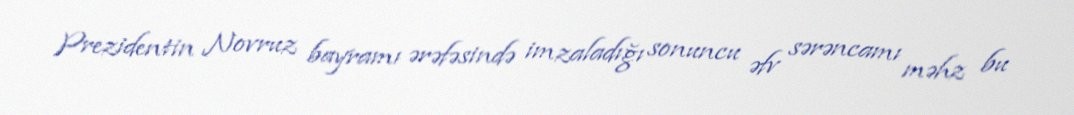
Prezidentin Novruz bayramı ərəfəsində imzaladığı sonuncu əfv sərəncamı məhz bu